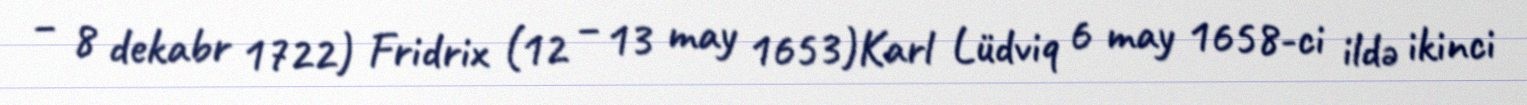
– 8 dekabr 1722) Fridrix (12 – 13 may 1653)Karl Lüdviq 6 may 1658-ci ildə ikinci